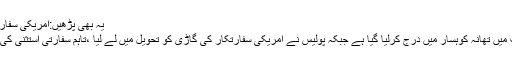
یہ بھی پڑھیں:امریکی سفارت خانے کی گاڑی کی ٹکر سے نوجوان جاں بحق
ذرائع کے مطا بق واقعے کا مقدمہ والد کی مدعیت میں تھانہ کوہسار میں درج کرلیا گیا ہے جبکہ پولیس نے امریکی سفارتکار کی گاڑی کو تحویل میں لے لیا ،تاہم سفارتی استثنیٰ کی وجہ سے جوزف ایمانوئل کو گرفتار نہیں کیا گیا ۔